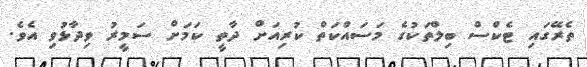
ތެރޭގައި ޓެކްސް ބިލްތަކުގެ މަސައްކަތް ކުރިއަށް ދާތީ ކަމަށް ސަމީރު ވިދާޅުވި އެވެ.